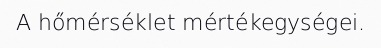
A hőmérséklet mértékegységei.